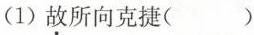
(1)故所向克捷( )